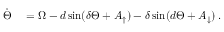
\begin{array} { r l } { \Dot { \Theta } } & { { } = \Omega - \boldsymbol { d } \sin ( \boldsymbol { \delta } \Theta + A _ { \uparrow } ) - \boldsymbol { \delta } \sin ( \boldsymbol { d } \Theta + A _ { \downarrow } ) \, . } \end{array}